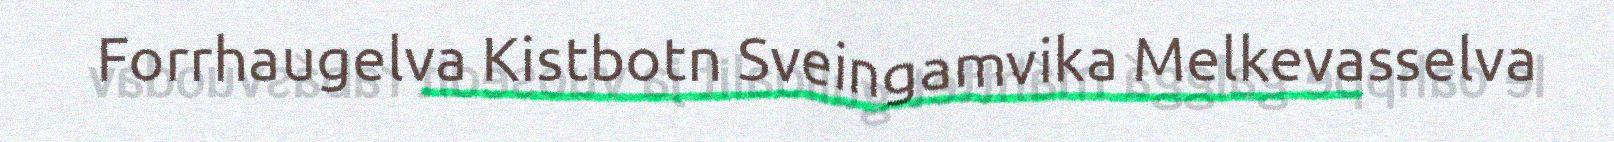
Forrhaugelva Kistbotn Sveingamvika Melkevasselva